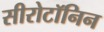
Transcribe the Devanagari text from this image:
सीरोटॉनिन